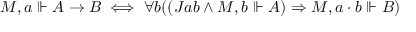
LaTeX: M , a \Vdash A \to B \iff \forall b ( ( J a b \land M , b \Vdash A ) \Rightarrow M , a \cdot b \Vdash B )